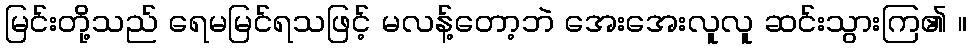
မြင်းတို့သည် ရေမမြင်ရသဖြင့် မလန့်တော့ဘဲ အေးအေးလူလူ ဆင်းသွားကြ၏ ။